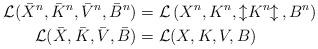
LaTeX: \begin{align*}\mathcal{L}(\bar{X}^{n},\bar{K}^{n},\bar{V}^{n},\bar{B}^{n}) & =\mathcal{L}\left( X^{n},K^{n},\left\updownarrow K^{n}\right\updownarrow ,B^{n}\right) \\\mathcal{L}(\bar{X},\bar{K},\bar{V},\bar{B}) & =\mathcal{L}(X,K,V,B)\end{align*}